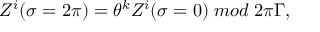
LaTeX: Z ^ { i } ( \sigma = 2 \pi ) = { { \theta } ^ { k } } Z ^ { i } ( \sigma = 0 ) \; m o d \; 2 \pi \Gamma ,